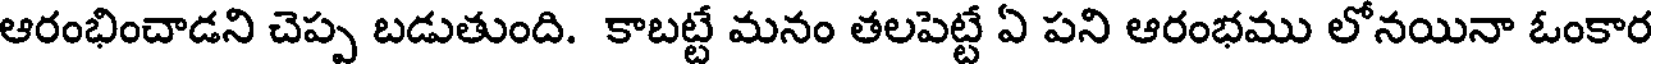
ఆరంభించాడని చెప్ప బడుతుంది. కాబట్టే మనం తలపెట్టే ఏ పని ఆరంభము లోనయినా ఓంకార